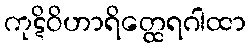
ကုဋိဝိဟာရိတ္ထေရဂါထာ